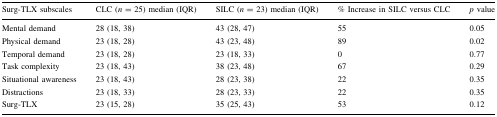
<table><thead><tr><td><b>Surg-TLX subscales</b></td><td><b>CLC (<i>n</i> = 25) median (IQR)</b></td><td><b>SILC (<i>n</i> = 23) median (IQR)</b></td><td><b>% Increase in SILC versus CLC</b></td><td><b><i>p</i> value</b></td></tr></thead><tbody><tr><td>Mental demand</td><td>28 (18, 38)</td><td>43 (28, 47)</td><td>55</td><td>0.05</td></tr><tr><td>Physical demand</td><td>23 (18, 28)</td><td>43 (23, 48)</td><td>89</td><td>0.02</td></tr><tr><td>Temporal demand</td><td>23 (18, 28)</td><td>23 (18, 33)</td><td>0</td><td>0.77</td></tr><tr><td>Task complexity</td><td>23 (18, 43)</td><td>38 (23, 48)</td><td>67</td><td>0.29</td></tr><tr><td>Situational awareness</td><td>23 (18, 43)</td><td>28 (23, 38)</td><td>22</td><td>0.35</td></tr><tr><td>Distractions</td><td>23 (18, 33)</td><td>28 (23, 33)</td><td>22</td><td>0.35</td></tr><tr><td>Surg-TLX</td><td>23 (15, 28)</td><td>35 (25, 43)</td><td>53</td><td>0.12</td></tr></tbody></table>